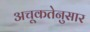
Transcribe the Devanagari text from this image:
अचूकतेनुसार